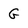
Character: G